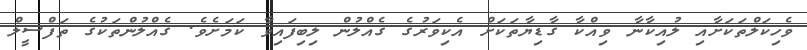
ވެހިކަލްތަކަށާއި ލުއިކާނާ ވިއްކާ ގާޑިޔާތަކަށް އެކިވަރުގެ ގެއްލުން ލިބިފައިވާ ކަމަށެވެ. ގެއްލުންތަކުގެ ތަފްސީލް